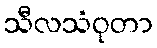
သီလသံဝုတာ